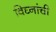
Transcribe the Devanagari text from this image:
विघ्नांची